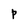
Character: P